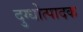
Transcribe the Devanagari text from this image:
दुग्धोत्पादक